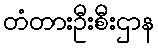
တံတားဦးစီးဌာန